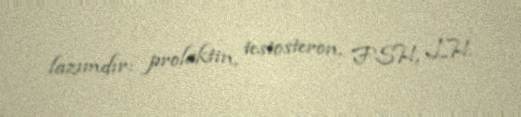
lazımdır: prolaktin, testosteron, FSH, LH.